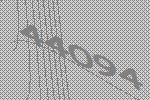
44094